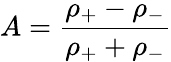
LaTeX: A=\frac{\rho_{+}-\rho_{-}}{\rho_{+}+\rho_{-}}